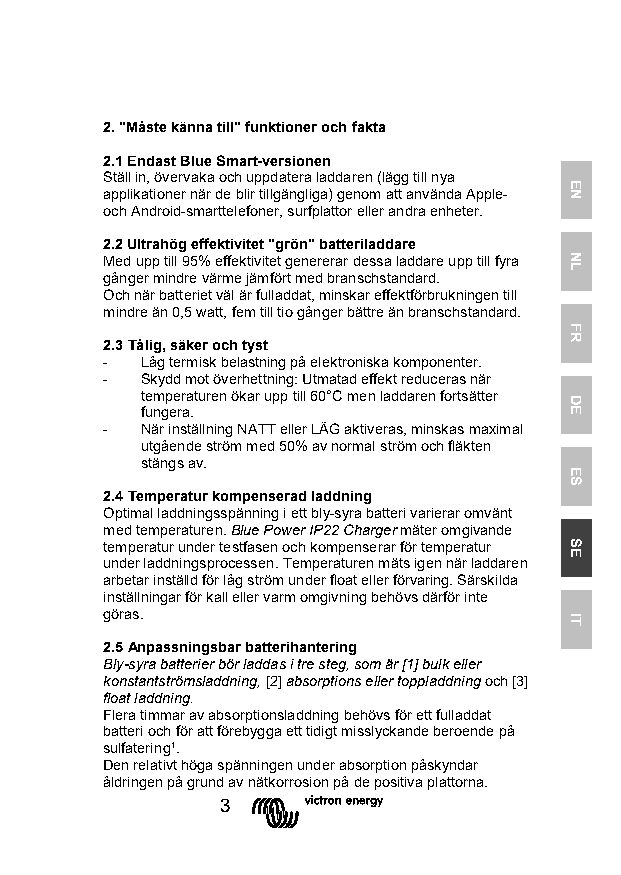
2. "Måste känna till" funktioner och fakta
 2.1 Endast Blue Smart-versionen
 Ställ in, övervaka och uppdatera laddaren (lägg till nya
 applikationer när de blir tillgängliga) genom att använda Apple-
 och Android-smarttelefoner, surfplattor eller andra enheter.
 2.2 Ultrahög effektivitet "grön" batteriladdare
 Med upp till 95% effektivitet genererar dessa laddare upp till fyra
 gånger mindre värme jämfört med branschstandard.
 Och när batteriet väl är fulladdat, minskar effektförbrukningen till
 mindre än 0,5 watt, fem till tio gånger bättre än branschstandard.
 2.3 Tålig, säker och tyst
 - Låg termisk belastning på elektroniska komponenter.
 - Skydd mot överhettning: Utmatad effekt reduceras när
 temperaturen ökar upp till 60°C men laddaren fortsätter
 fungera.
 - När inställning NATT eller LÄG aktiveras, minskas maximal
 utgående ström med 50% av normal ström och fläkten
 stängs av.
 2.4 Temperatur kompenserad laddning
 Optimal laddningsspänning i ett bly-syra batteri varierar omvänt
 med temperaturen. Blue Power IP22 Charger mäter omgivande
 temperatur under testfasen och kompenserar för temperatur
 under laddningsprocessen. Temperaturen mäts igen när laddaren
 arbetar inställd för låg ström under float eller förvaring. Särskilda
 inställningar för kall eller varm omgivning behövs därför inte
 göras.
 2.5 Anpassningsbar batterihantering
 Bly-syra batterier bör laddas i tre steg, som är [1] bulk eller
 konstantströmsladdning, [2] absorptions eller toppladdning och [3]
 float laddning.
 Flera timmar av absorptionsladdning behövs för ett fulladdat
 batteri och för att förebygga ett tidigt misslyckande beroende på
 sulfatering¹.
 Den relativt höga spänningen under absorption påskyndar
 åldringen på grund av nätkorrosion på de positiva plattorna.
 3
 EN
 NL
 FR
 DE
 ES
 SE
 IT